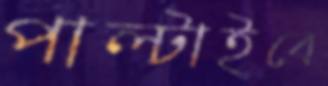
পাল্‌টাইবে